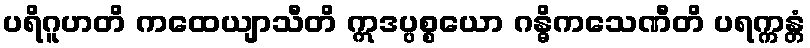
ပရိဂူဟတိ ကထေယျာသီတိ ဣဒပ္ပစ္စယော ဂန္ဓိကသေဏီတိ ပရက္ကန္တံ